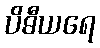
ပိဓီယရေ